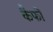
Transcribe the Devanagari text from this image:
कैफों